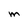
Character: M